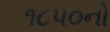
૧૮૫૦નો